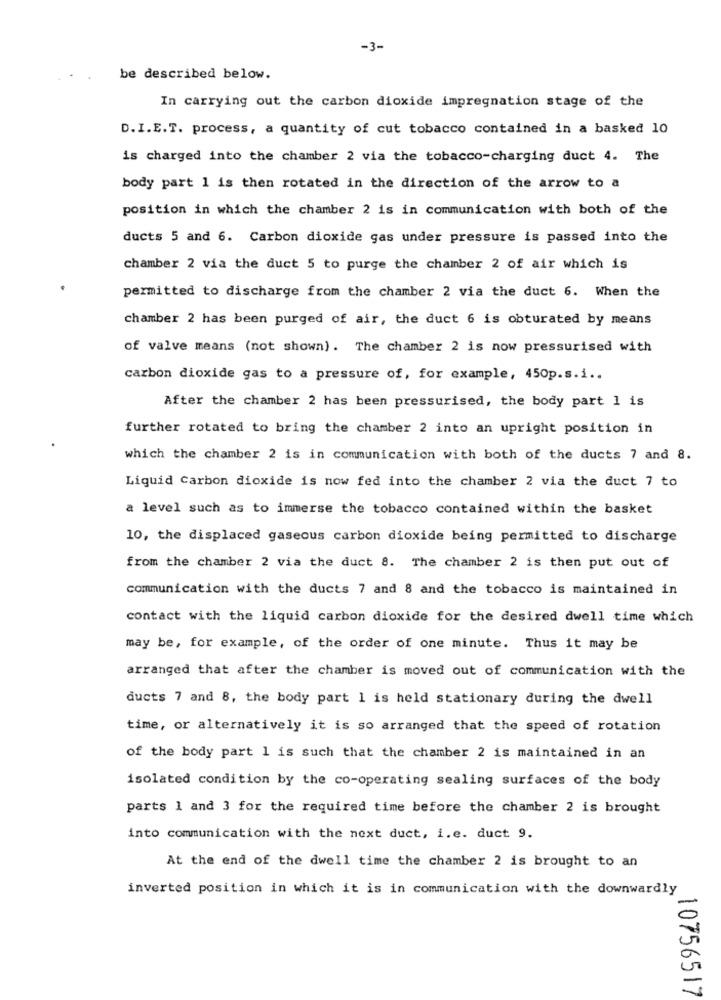
-3-
be described below.
In carrying out the carbon dioxide impregnation stage of the
D. I.E.T. process, a quantity of cut tobacco contained in a basked 10
is charged into the chamber 2 via the tobacco-charging duct 4. The
body part 1 is then rotated in the direction of the arrow to a
position in which the chamber 2 is in communication with both of the
ducts 5 and 6. Carbon dioxide gas under pressure is passed into the
chamber 2 via the duct 5 to purge the chamber 2 of air which is
permitted to discharge from the chamber 2 via the duct 6. When the
chamber 2 has been purged of air, the duct 6 is obturated by means
of valve means (not shown). The chamber 2 is now pressurised with
carbon dioxide gas to a pressure of, for example, 450p.s.i ..
After the chamber 2 has been pressurised, the body part 1 is
further rotated to bring the chamber 2 into an upright position in
which the chamber 2 is in communication with both of the ducts 7 and 8.
Liquid Carbon dioxide is now fed into the chamber 2 via the duct 7 to
a level such as to immerse the tobacco contained within the basket
10, the displaced gaseous carbon dioxide being permitted to discharge
from the chamber 2 via the duct 8. The chamber 2 is then put out of
communication with the ducts 7 and 8 and the tobacco is maintained in
contact with the liquid carbon dioxide for the desired dwell time which
may be, for example, of the order of one minute. Thus it may be
arranged that after the chamber is moved out of communication with the
ducts 7 and 8, the body part 1 is held stationary during the dwell
time, or alternatively it is so arranged that the speed of rotation
of the body part 1 is such that the chamber 2 is maintained in an
isolated condition by the co-operating sealing surfaces of the body
parts 1 and 3 for the required time before the chamber 2 is brought
into communication with the next duct, i.e. duct 9.
At the end of the dwell time the chamber 2 is brought to an
inverted position in which it is in communication with the downwardly
10756517